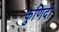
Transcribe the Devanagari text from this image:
कुणिदों